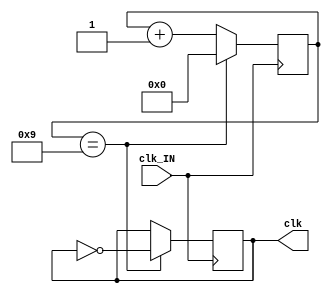
module CLOCK_DIVIDER(clk_IN,clk); // clock divider for top design

	input clk_IN;
	reg [7:0] counter=8'd0;
	output reg clk=1'd0;

	always@(posedge clk_IN)
		begin
			if (counter==8'd9) // generate 1mhz frequency from 50mhz internal oscillator
				begin
					counter=8'd0;
					clk=~clk;
				end
			else
				begin
					counter=counter +8'd1;
					
				end
		end
endmodule